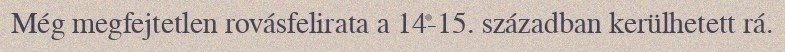
Még megfejtetlen rovásfelirata a 14-15. században kerülhetett rá.